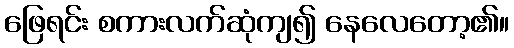
ဖြေရင်း စကားလက်ဆုံကျ၍ နေလေတော့၏။